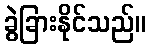
ခွဲခြားနိုင်သည်။